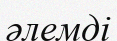
әлемді